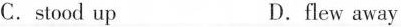
C. stood up D.flew away